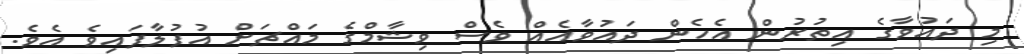
މި ދައުވާގެ އިތުރުން އެހެން ދައުވާއެއް ވެސް ވިޝާމްގެ މައްޗަށް އުފުލާފައިވެ އެވެ.